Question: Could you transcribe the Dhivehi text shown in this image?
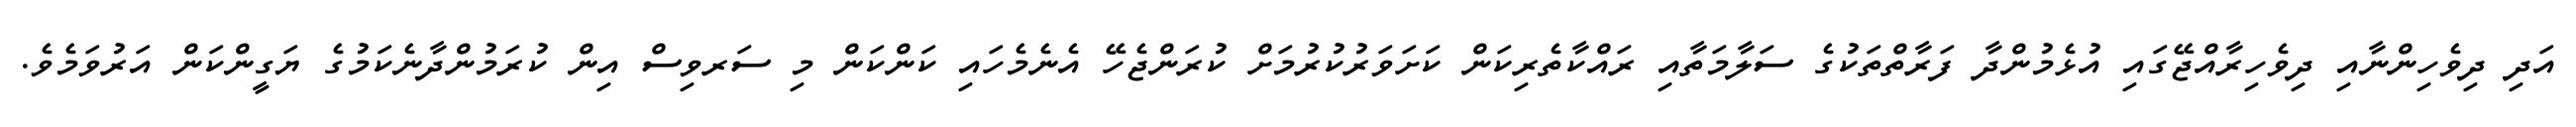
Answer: އަދި ދިވެހިންނާއި ދިވެހިރާއްޖޭގައި އުޅެމުންދާ ފަރާތްތަކުގެ ސަލާމަތާއި ރައްކާތެރިކަން ކަށަވަރުކުރުމަށް ކުރަންޖެހޭ އެނެމެހައި ކަންކަން މި ސަރވިސް އިން ކުރަމުންދާނެކަމުގެ ޔަގީންކަން އަރުވަމެވެ.